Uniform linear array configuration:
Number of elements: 64
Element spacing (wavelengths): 0.5
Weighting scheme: hann
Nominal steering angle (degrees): -45
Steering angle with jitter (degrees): -46.552
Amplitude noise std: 0.05
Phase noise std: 0.05

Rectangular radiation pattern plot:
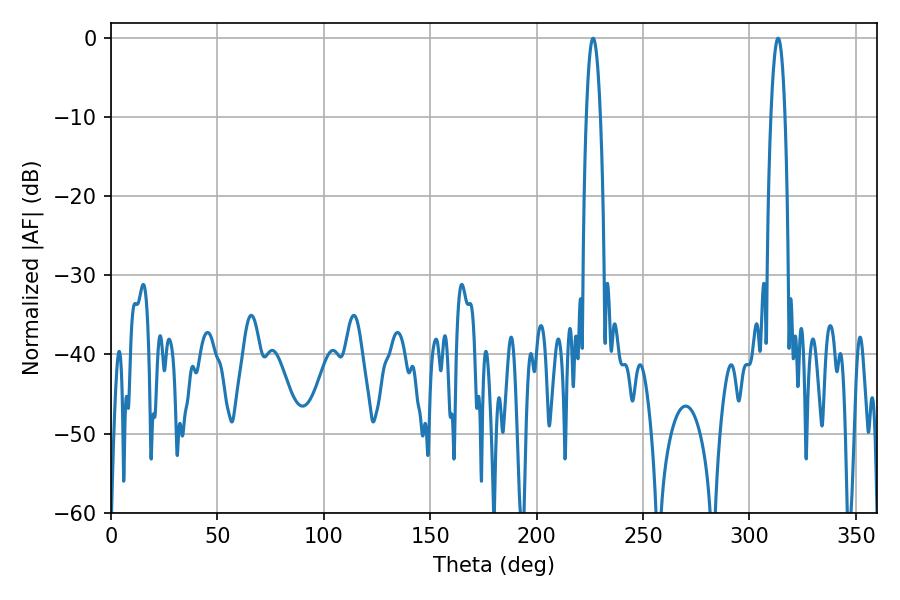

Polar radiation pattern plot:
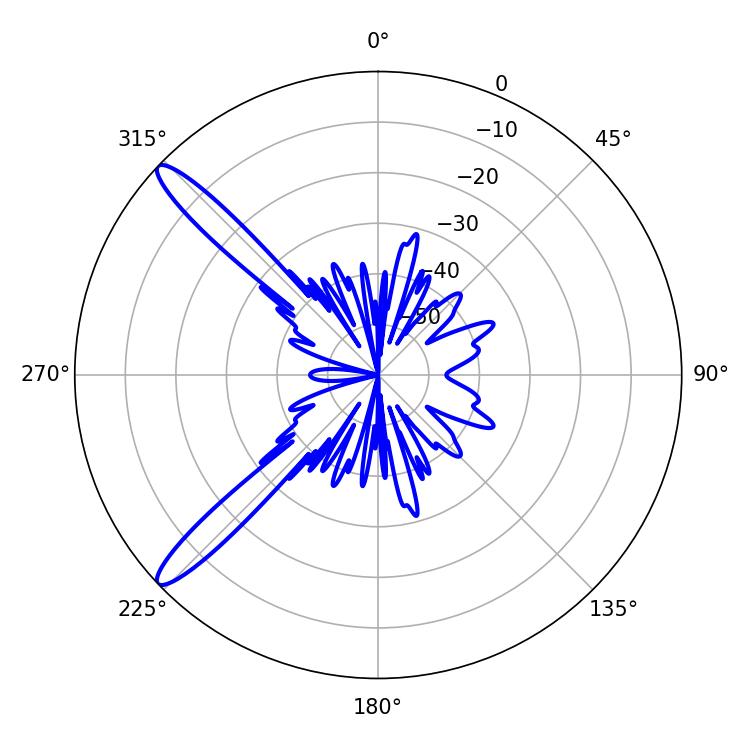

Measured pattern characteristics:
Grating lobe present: FALSE
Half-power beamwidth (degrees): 3.6
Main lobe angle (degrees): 226.62